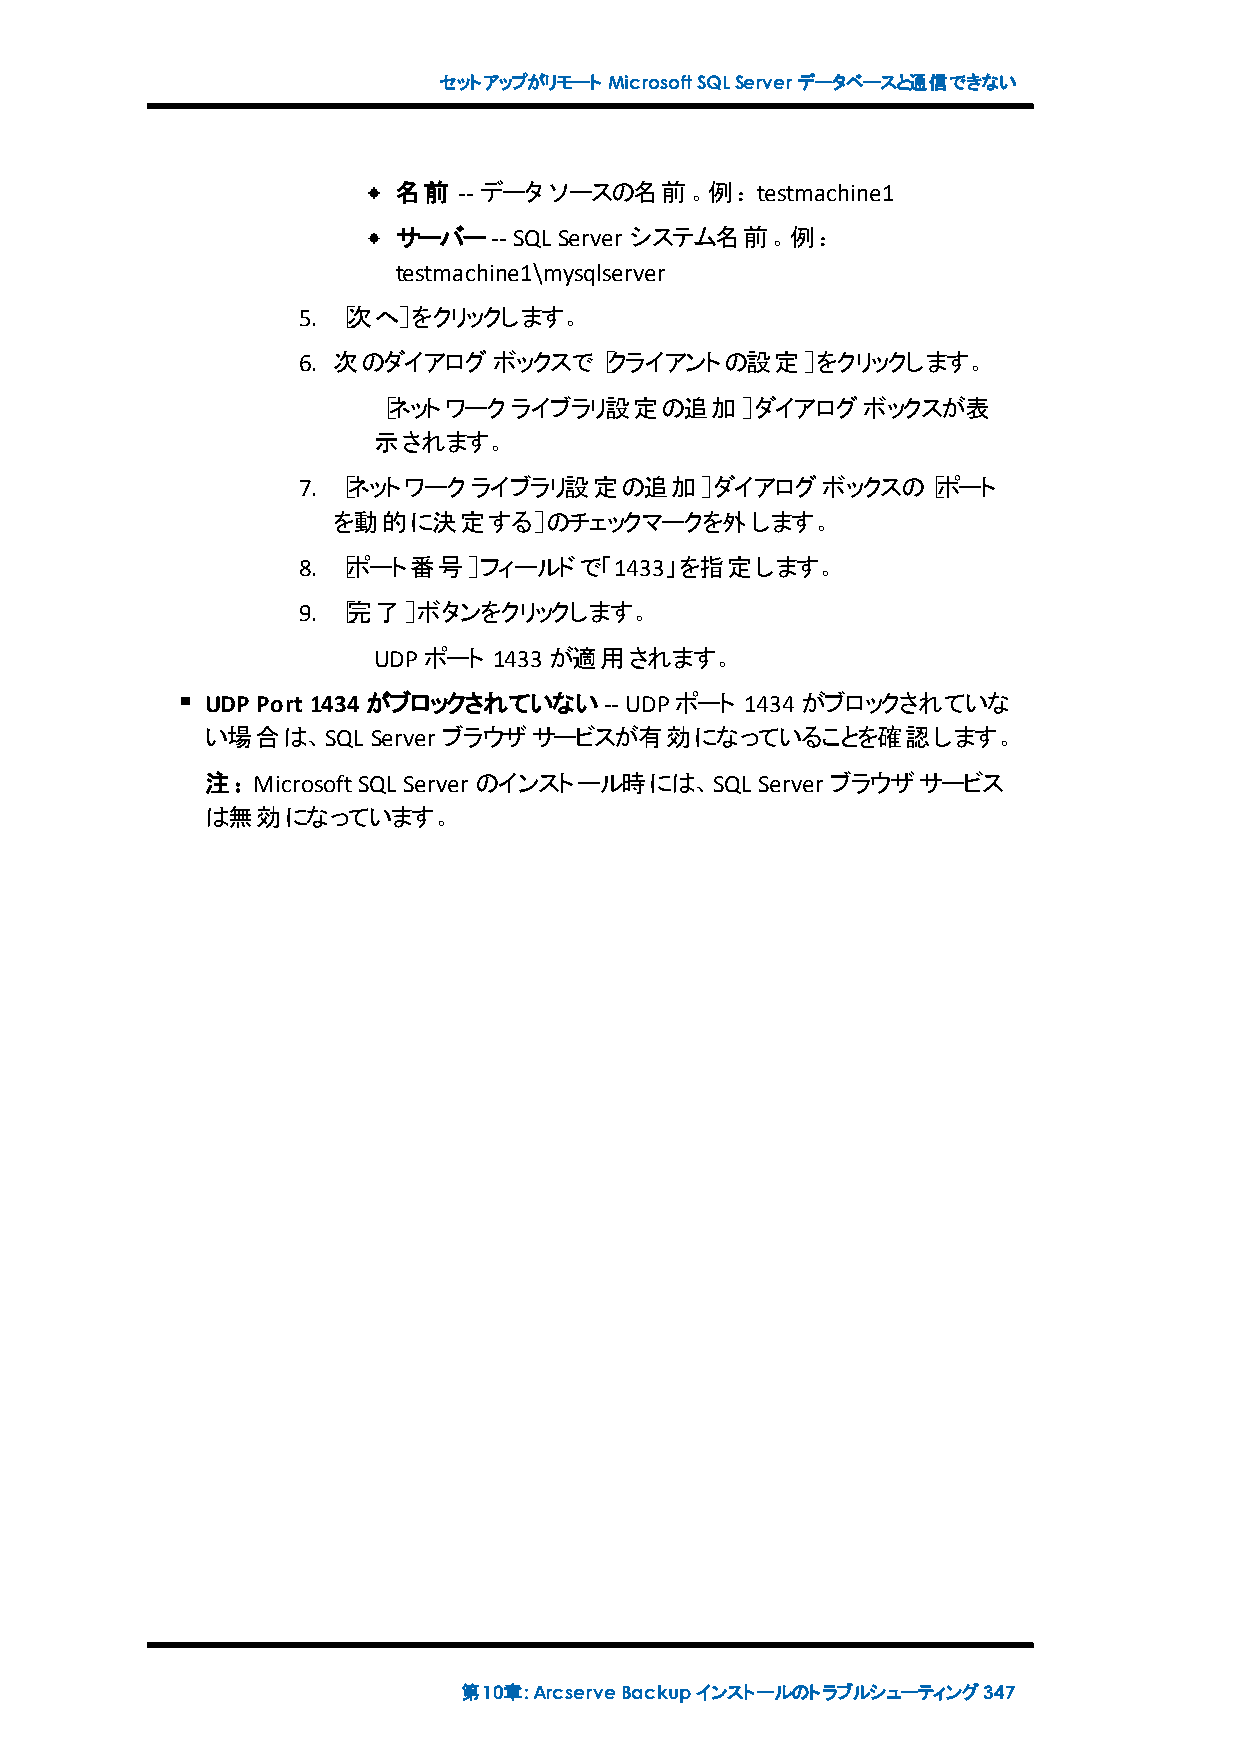
セットアップがリモート MicrosoftSQLServerデータベースと通信できない
 名前  -- データソースの名前。例：testmachine1
 サーバー--  SQL Server システム名前。例：
 testmachine1\mysqlserver
 5. ［次へ］をクリックします。
 6. 次のダイアログボックスで［クライアントの設定］をクリックします。
 ［ネットワークライブラリ設定の追加］ダイアログボックスが表
 示されます。
 7. ［ネットワークライブラリ設定の追加］ダイアログボックスの［ポート
 を動的に決定する］のチェックマークを外します。
 8. ［ポート番号］フィールドで「1433」を指定します。
 9. ［完了］ボタンをクリックします。
 UDPポート  1433が適用されます。
 UDP Port 1434がブロックされていない-- UDPポート  1434がブロックされていな
 い場合は、SQL   Server ブラウザサービスが有効になっていることを確認します。
 注：MicrosoftSQL Server のインストール時には、SQL Server ブラウザサービス
 は無効になっています。
 第10章:ArcserveBackupインストールのトラブルシューティング347